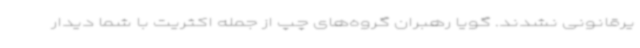
یرقانونی نشدند. گویا رهبران گروه‌های چپ از جمله اکثریت با شما دیدار